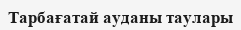
Тарбағатай ауданы таулары